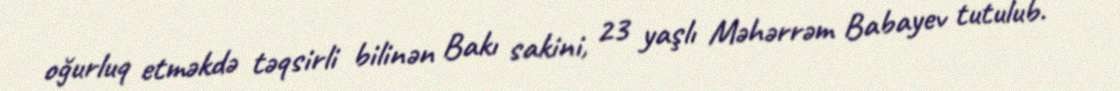
oğurluq etməkdə təqsirli bilinən Bakı sakini, 23 yaşlı Məhərrəm Babayev tutulub.